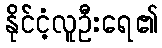
နိုင်ငံ့လူဦးရေ၏